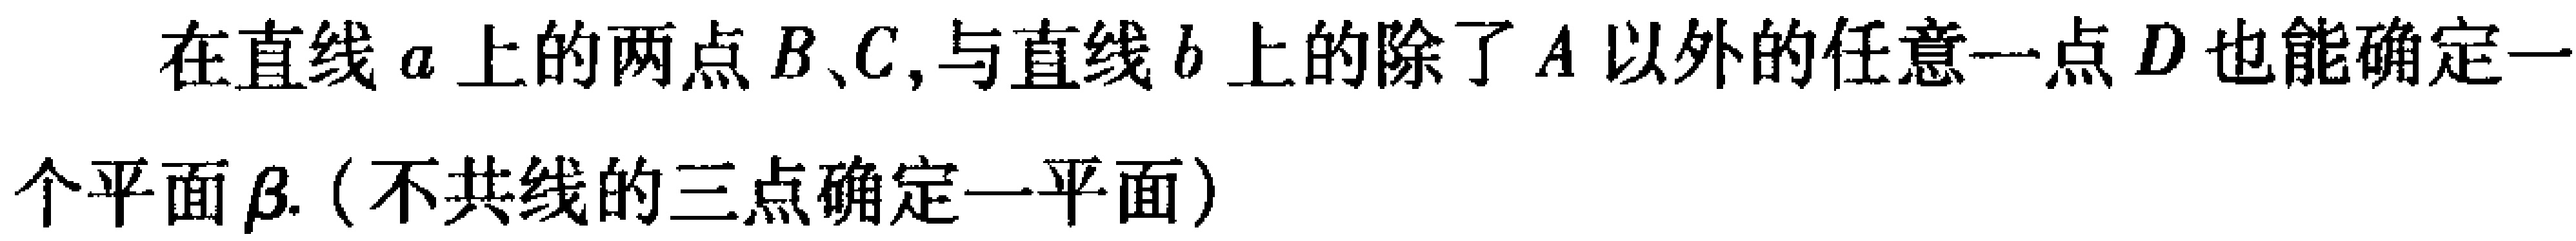
在直线\(a\)上的两点\(B、C\),与直线\(b\)上的除了\(A\)以外的任意一点\(D\)也能确定一个平面\(\beta\).（不共线的三点确定一平面）